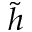
\tilde { h }